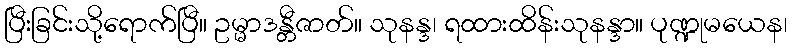
ပြီးခြင်းသို့ရောက်ပြီ။ ဥမ္မာဒန္တီဇာတ်။ သုနန္ဒ၊ ရထားထိန်းသုနန္ဒာ။ ပုဏ္ဍုမယေန၊